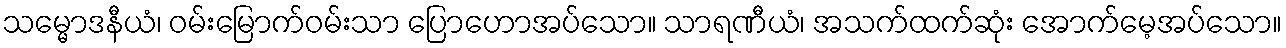
သမ္မောဒနီယံ၊ ဝမ်းမြောက်ဝမ်းသာ ပြောဟောအပ်သော။ သာရဏီယံ၊ အသက်ထက်ဆုံး အောက်မေ့အပ်သော။